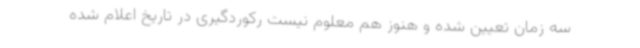
سه زمان تعیین شده و هنوز هم معلوم نیست رکوردگیری در تاریخ اعلام شده